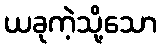
ယခုကဲ့သို့သော